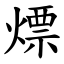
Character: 熛